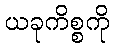
ယခုကိစ္စကို